Vaccine operations Central Provinces 1886-1899 - 1886-1899
Year: 1886
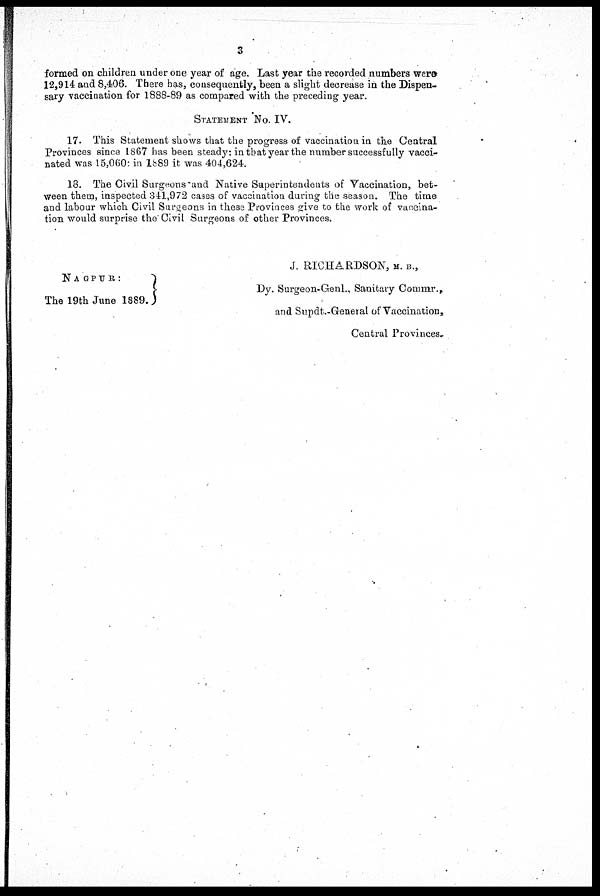
3
formed on children under one year of age. Last year the recorded numbers were
12,914 and 8,406. There has, consequently, been a slight decrease in the Dispen-
sary vaccination for 1888-89 as compared with the preceding year.
STATEMENT No. IV.
17. This Statement shows that the progress of vaccination in the Central
Provinces since 1867 has been steady: in that year the number successfully vacci-
nated was 15,060: in 1889 it was 404,624.
18. The Civil Surgeons and Native Superintendents of Vaccination, bet-
ween them, inspected 341,972 cases of vaccination during the season. The time
and labour which Civil Surgeons in these Provinces give to the work of vaccina-
tion would surprise the Civil Surgeons of other Provinces.
J. RICHARDSON, M. B.,
NAGPUR:
The 19th June 1889.
Dy. Surgeon-Genl., Sanitary Commr.,
and Supdt.-General of Vaccination,
Central Provinces.